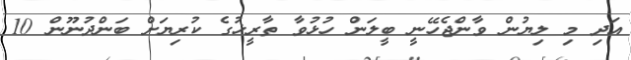
އަދި މި ލިޔުން ވާންޖެހޭނީ ބީލަން ހުޅުވާ ތާރީޚުގެ ކުރިޔަށް ބަންދުނޫން 10